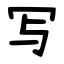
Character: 写